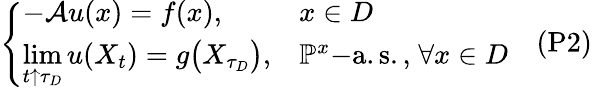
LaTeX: {\left\{ \begin{array}{ll}{-{\mathcal{A}}u(x)=f(x),}&{x\in D}\\ {\displaystyle{\operatorname*{lim}_{t\uparrow\tau_{D}}u(X_{t})}=g{\big(}X_{\tau_{D}}{\big)},}&{\mathbb{P}^{x}{\mathrm{-a.s.,}}\; \forall x\in D}\end{array}\right.}\quad{\mathrm{(P2)}}